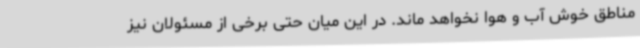
مناطق خوش آب و هوا نخواهد ماند. در این میان حتی برخی از مسئولان نیز